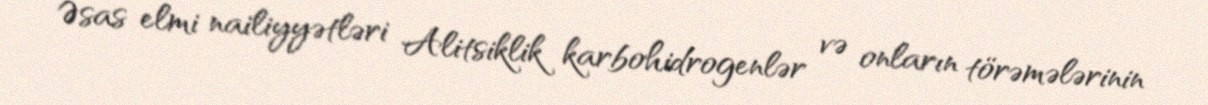
Əsas elmi nailiyyətləri Alitsiklik karbohidrogenlər və onların törəmələrinin